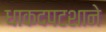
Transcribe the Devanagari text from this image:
धाकदपटशाने